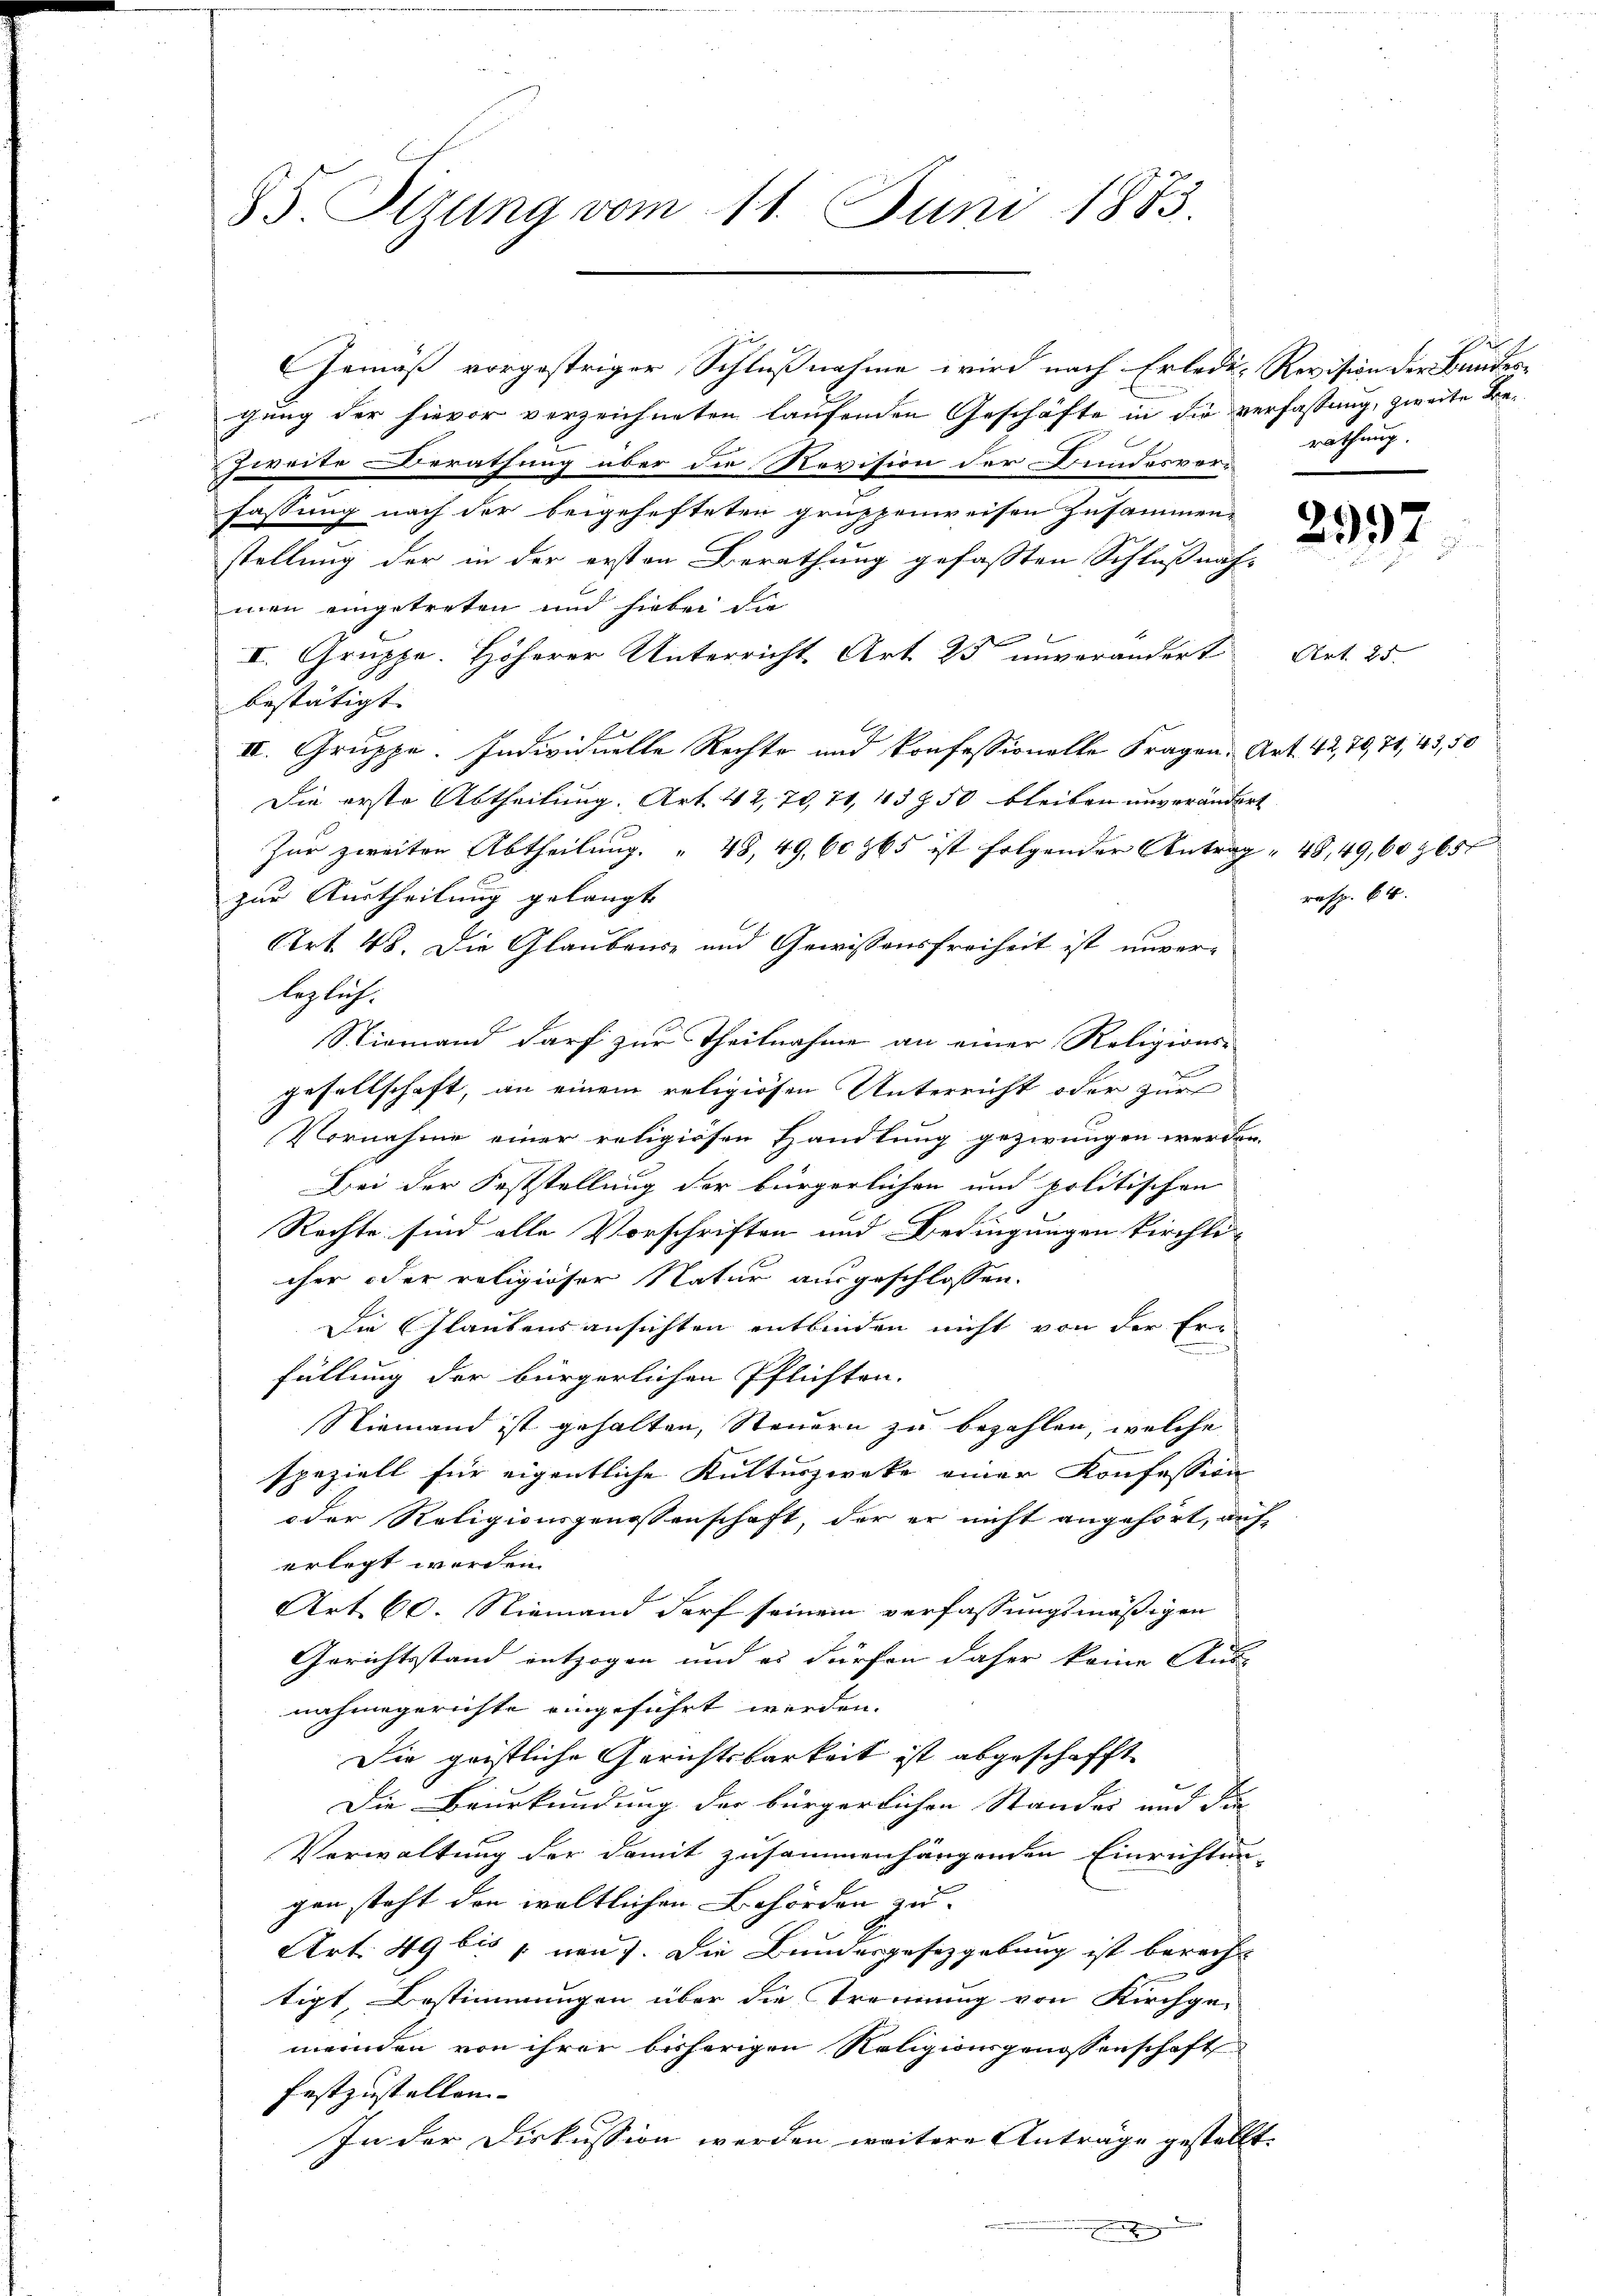
85. Sizung vom 11. Juni 1883.

Gemäß vorgestriger Schlußnahme wird nach Erlede-Revision der Bundesgung der hievor verzeichneten laufenden Geschäfte in die verfassung, zweite Be¬
Zweite Berathung über die Revision der Bundesvorfassung nach der beigehefteten gruppenweisen zusammenstellung der in der ersten Berathung gefassten Schlußnahmen eingetreten und hiebei die
I. Gruppe. Höherer Unterricht Art. 25 unverändert Art. 25.
bestätigt. |
II. Gruppe. Individuelle Rechte und konfessionelle Fragen. Art. 42,70, 71, 43,50
Die erste Abtheilung. Art. 42, 70, 71, 433 50 bleiben unverändert
Zur zweiten Abtheilung " 48, 49, 60865 ist folgender Antrag " 48, 49,60 g 65
zur Austheilung gelangt
Art. 48. Die Glaubense und Gewissensfreiheit ist unverlezlich.
Niemand darf zur Theilnahme an einer Religions-
gesellschaft, an einem religiösen Unterricht oder zur
Vornahme einer religiösen Handlung gezwungen werden.
Bei der Feststellung der bürgerlichen und politischen
Rechte sind alle Vorschriften und Bedingungen kirchli-
cher oder religioser Natur ausgeschlossen.
Die Glaubensansichten entbinden nicht von der Erfüllung der bürgerlichen Pflichten.
Niemand ist gehalten, Steuern zu bezahlen, welche
speziell für eigentliche Kulturzweke einer Konfession
oder Religionsgenossenschaft, der er nicht angehört, auf
erlegt werden.
Art. 60. Niemand darf seinem verfassungsmäßigen
Gerichtsstand entzogen und es dürfen daher keine Aus-
nahmegerichte eingeführt werden.
Die geistliche Gerichtsbarkeit ist abgeschafft
Die Beurkundung der bürgerlichen Standes und die
Verwaltung der damit zusammenhängenden Einrichtun-
gen steht den weltlichen Behörden zu
Art. 49 bis neu. Die Bundergesetzgebung ist berecht
tigt, Bestimmungen über die Trennung von Kirchge-
meinden von ihrer bisherigen Religionsgenossenschaft
Festzustellen- |
In der Diskussion werden weitere Anträge gestellt.
x

rathung.

2997

resp. 64.